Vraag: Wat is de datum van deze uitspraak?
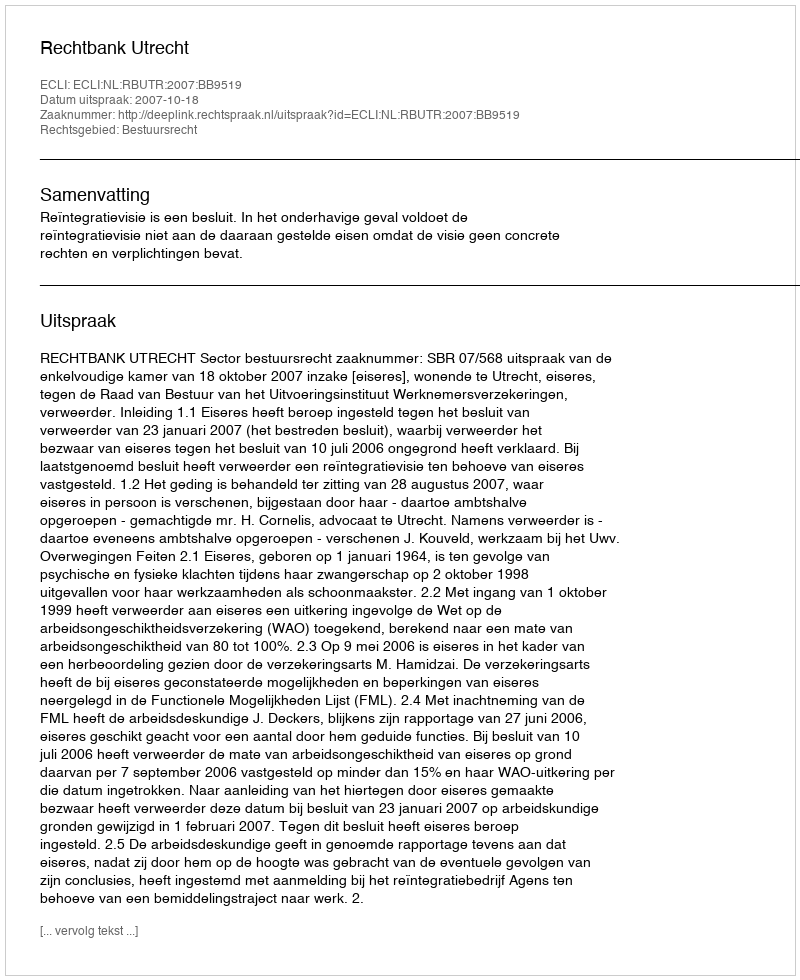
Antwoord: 2007-10-18